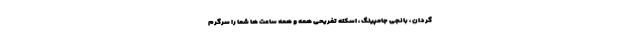
گردان ، بانجی جامپینگ ، اسکله تفریحی همه و همه ساعت ها شما را سرگرم